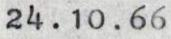
24.10.66